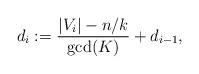
LaTeX: \begin{align*} d_i := \frac{|V_i| - n/k}{\gcd(K)} + d_{i-1},\end{align*}